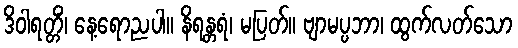
ဒိဝါရတ္တိံ၊ နေ့ရောညပါ။ နိရန္တရံ၊ မပြတ်။ ဗျာမပ္ပဘာ၊ ထွက်လတ်သော